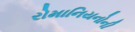
રોમાનિયનોની